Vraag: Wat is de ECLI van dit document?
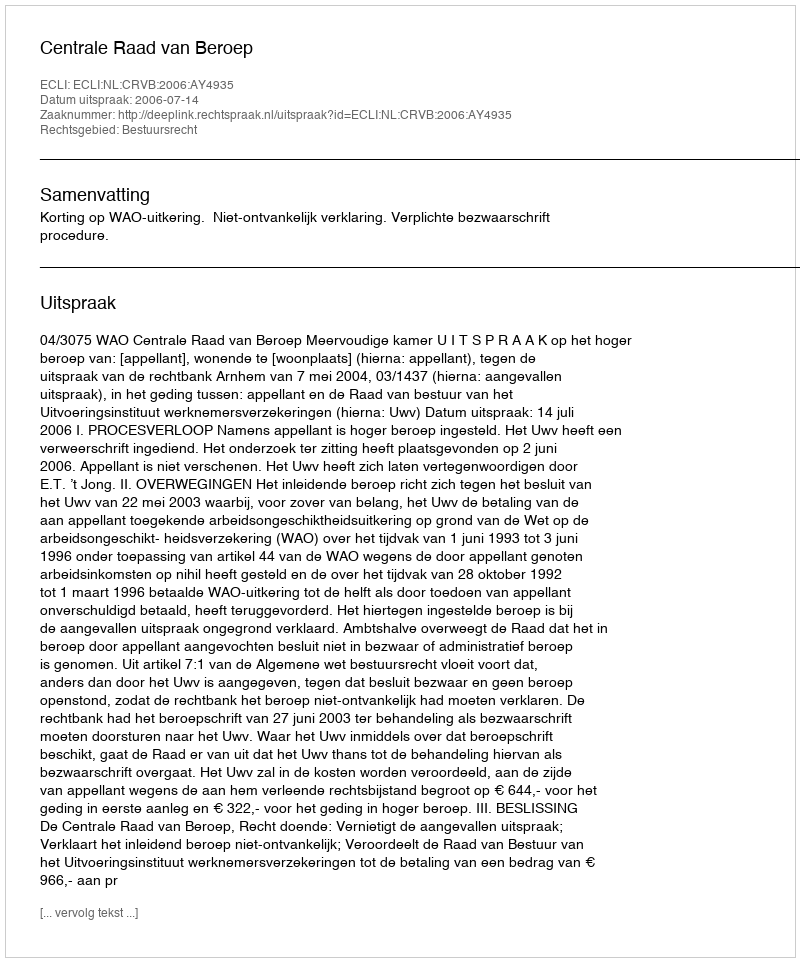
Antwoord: ECLI:NL:CRVB:2006:AY4935